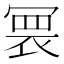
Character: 𭂀